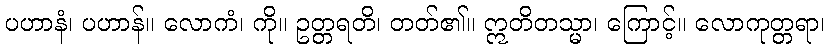
ပဟာနံ၊ ပဟာန်။ လောကံ၊ ကို။ ဥတ္တရတိ၊ တတ်၏။ ဣတိတသ္မာ၊ ကြောင့်။ လောကုတ္တရာ၊